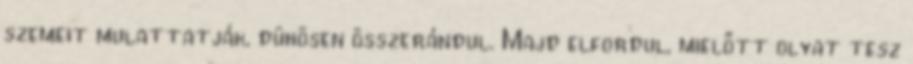
szemeit mulattatják, dühösen összerándul. Majd elfordul, mielőtt olyat tesz